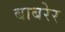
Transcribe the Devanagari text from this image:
बाबरेर